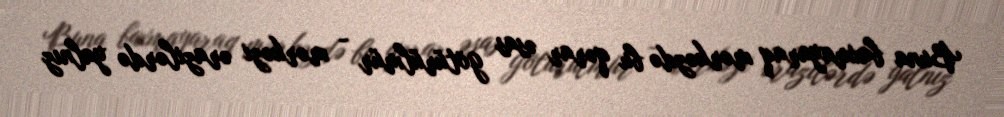
Buna baxmayaraq mərkəzdə bu qərar əsas götürülmür - mərkəzi ərazilərdə yalnız